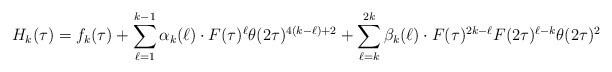
LaTeX: \begin{align*}H_k(\tau)=f_k(\tau)+\sum_{\ell=1}^{k-1}\alpha_k(\ell)\cdot F(\tau)^\ell\theta(2\tau)^{4(k-\ell)+2}+\sum_{\ell=k}^{2k}\beta_k(\ell)\cdot F(\tau)^{2k-\ell}F(2\tau)^{\ell-k}\theta(2\tau)^2 \end{align*}